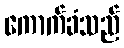
ကောက်ခံသည်